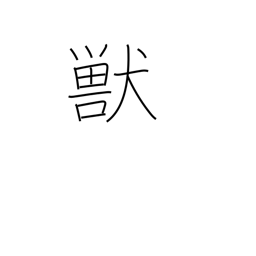
Meaning: animal